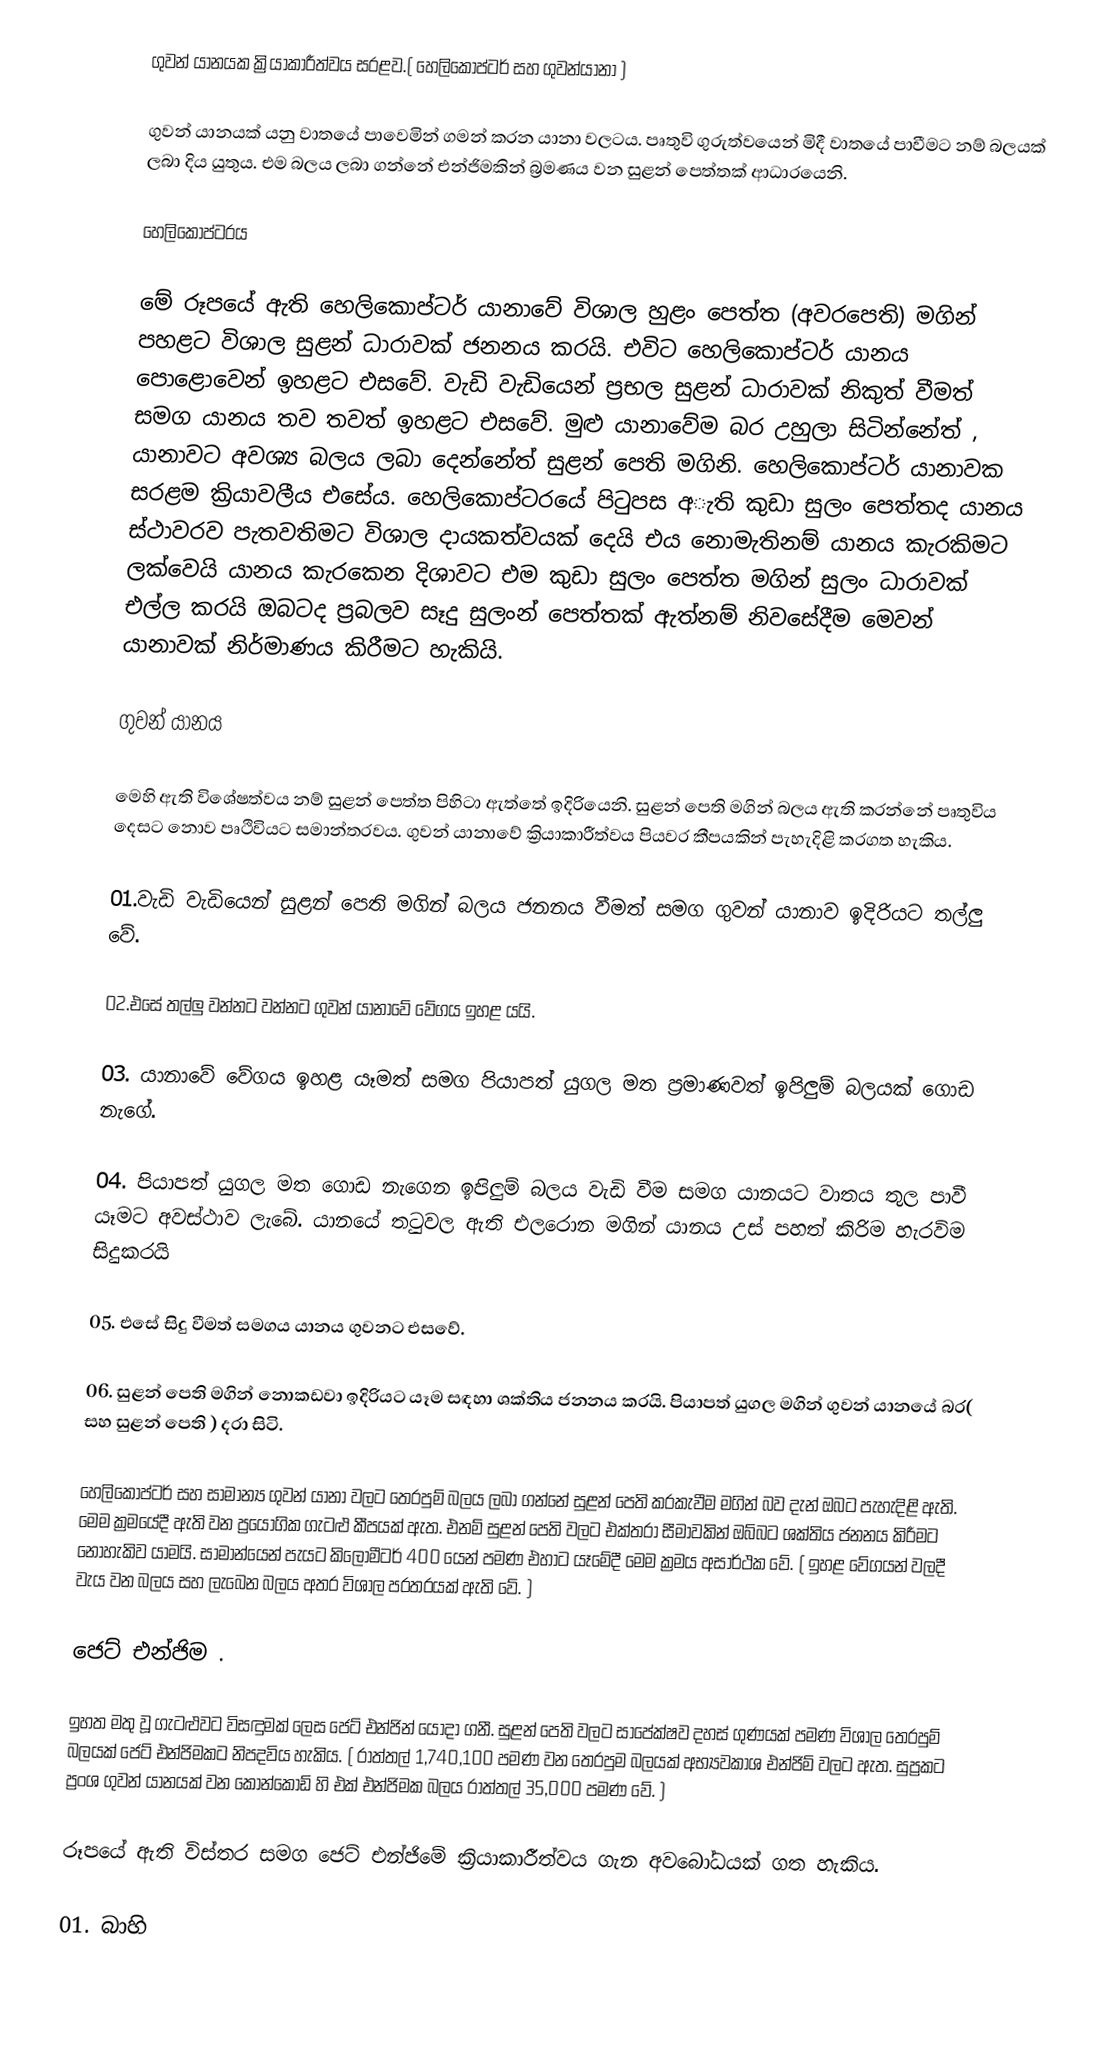
ගුවන් යානයක ක්‍රියාකාරීත්වය සරළව.( හෙලිකොප්ටර් සහ ගුවන්යානා )

ගුවන් යානයක් යනු වාතයේ පාවෙමින් ගමන් කරන යානා වලටය. පෘතුවි ගුරුත්වයෙන් මිදී වාතයේ පාවීමට නම් බලයක් ලබා දිය යුතුය. එම බලය ලබා ගන්නේ එන්ජිමකින් බ්‍රමණය වන සුළන් පෙත්තක් ආධාරයෙනි.

හෙලිකොප්ටරය

මේ රූපයේ ඇති හෙලිකොප්ටර් යානාවේ විශාල හුළං පෙත්ත (අවරපෙති) මගින් පහළට විශාල සුළන් ධාරාවක් ජනනය කරයි. එවිට හෙලිකොප්ටර් යානය පොළොවෙන් ඉහළට එසවේ. වැඩි වැඩියෙන් ප්‍රභල සුළන් ධාරාවක් නිකුත් වීමත් සමග යානය තව තවත් ඉහළට එසවේ. මුළු යානාවේම බර උහුලා සිටින්නේත් , යානාවට අවශ්‍ය බලය ලබා දෙන්නේත් සුළන් පෙති මගිනි. හෙලිකොප්ටර් යානාවක සරළම ක්‍රියාවලීය එසේය. හෙලිකොප්ටරයේ පිටුපස අැති කුඩා සුලං පෙත්තද යානය ස්ථාවරව පැතවතිමට විශාල දායකත්වයක් දෙයි එය නොමැතිනම් යානය කැරකිමට ලක්වෙයි යානය කැරකෙන දිශාවට එම කුඩා සුලං පෙත්ත මගින් සුලං ධාරාවක් එල්ල කරයි ඔබටද ප්‍රබලව සෑදු සුලංන් පෙත්තක් ඇත්නම් නිවසේදීම මෙවන් යානාවක් නිර්මාණය කිරීමට හැකියි.

ගුවන් යානය

මෙහි ඇති විශේෂත්වය නම් සුළන් පෙත්ත පිහිටා ඇත්තේ ඉදිරියෙනි. සුළන් පෙති මගින් බලය ඇති කරන්නේ පෘතුවිය දෙසට නොව පෘථිවියට සමාන්තරවය. ගුවන් යානාවේ ක්‍රියාකාරීත්වය පියවර කීපයකින් පැහැදිළි කරගත හැකිය.

01.වැඩි වැඩියෙන් සුළන් පෙති මගින් බලය ජනනය වීමත් සමග ගුවන් යානාව ඉදිරියට තල්ලු වේ.

02.එසේ තල්ලු වන්නට වන්නට ගුවන් යානාවේ වේගය ඉහළ යයි.

03. යානාවේ වේගය ඉහළ යෑමත් සමග පියාපත් යුගල මත ප්‍රමාණවත් ඉපිලුම් බලයක් ගොඩ නැගේ.

04. පියාපත් යුගල මත ගොඩ නැගෙන ඉපිලුම් බලය වැඩි වීම සමග යානයට වාතය තුල පාවී යෑමට අවස්ථාව ලැබේ. යානයේ තටුවල ඇති එලරොන මගින් යානය උස් පහත් කිරිම හැරවිම සිදුකරයි

05. එසේ සිදු වීමත් සමගය යානය ගුවනට එසවේ.

06. සුළන් පෙති මගින් නොකඩවා ඉදිරියට යෑම සඳහා ශක්තිය ජනනය කරයි. පියාපත් යුගල මගින් ගුවන් යානයේ බර( සහ සුළන් පෙති ) දරා සිටි.

හෙලිකොප්ටර් සහ සාමාන්‍ය ගුවන් යානා වලට තෙරපුම් බලය ලබා ගන්නේ සුළන් පෙති කරකැවීම මගින් බව දැන් ඔබට පැහැදිළි ඇති. මෙම ක්‍රමයේදී ඇති වන ප්‍රයෝගික ගැටළු කීපයක් ඇත. එනම් සුළන් පෙති වලට එක්තරා සීමාවකින් ඔබ්බට ශක්තිය ජනනය කිරීමට නොහැකිව යාමයි. සාමාන්යෙන් පැයට කිලෝමීටර් 400 යෙන් පමණ එහාට යෑමේදී මෙම ක්‍රමය අසාර්ථක වේ. ( ඉහළ වේගයන් වලදී වැය වන බලය සහ ලැබෙන බලය අතර විශාල පරතරයක් ඇති වේ. )

ජෙට් එන්ජිම .

ඉහත මතු වූ ගැටළුවට විසඳුමක් ලෙස ජෙට් එන්ජින් යොදා ගනී. සුළන් පෙති වලට සාපේක්ෂව දහස් ගුණයක් පමණ විශාල තෙරපුම් බලයක් ජෙට් එන්ජිමකට නිපදවිය හැකිය. ( රාත්තල් 1,740,100 පමණ වන තෙරපුම බලයක් අභ්‍යවකාශ එන්ජිම් වලට ඇත. සුප්‍රකට ප්‍රංශ ගුවන් යානයක් වන කොන්කෝඩ් හි එක් එන්ජිමක බලය රාත්තල් 35,000 පමණ වේ. )

රූපයේ ඇති විස්තර සමග ජෙට් එන්ජිමේ ක්‍රියාකාරීත්වය ගැන අවබෝධයක් ගත හැකිය.

01. බාහි